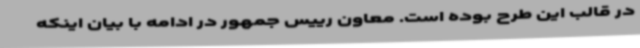
در قالب این طرح بوده است. معاون رییس جمهور در ادامه با بیان اینکه